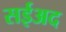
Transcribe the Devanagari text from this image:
सईअद